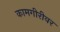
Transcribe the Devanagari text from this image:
कामगीरीवर